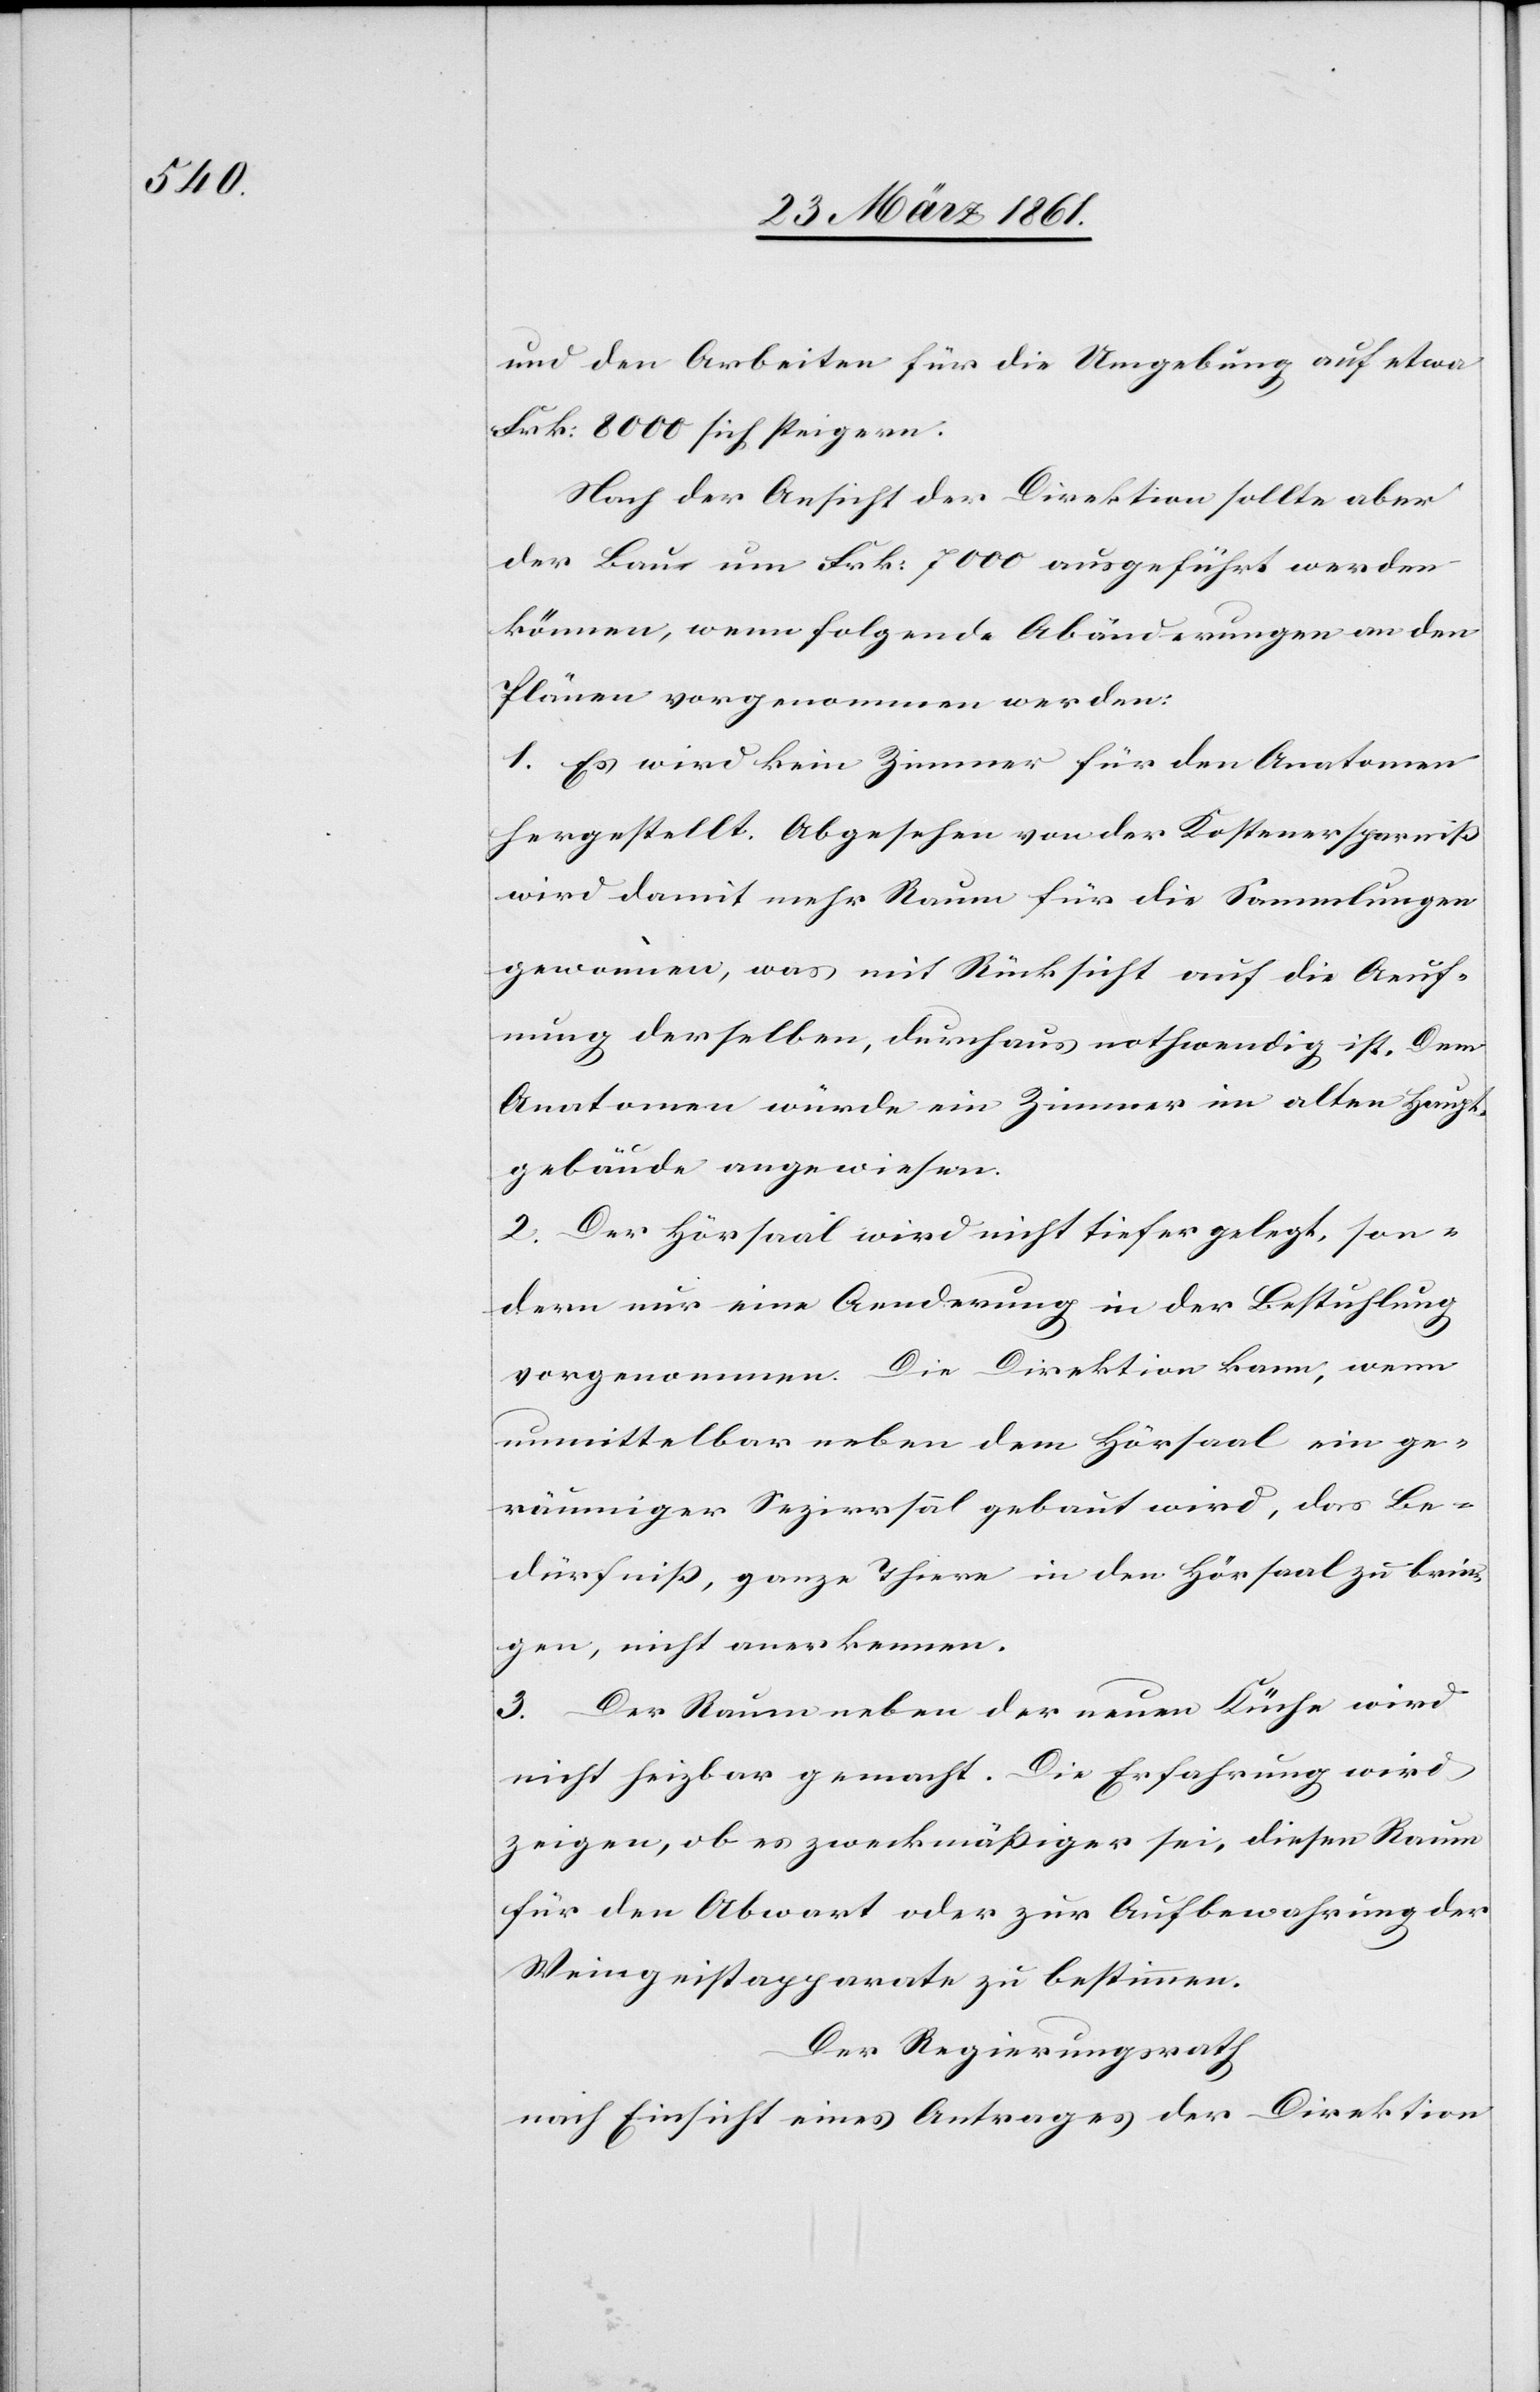
und den Arbeiten für die Umgebung auf etwa
Frk: 8000 sich steigern.
Nach der Ansicht der Direktion sollte aber
der Bau um Frk: 7000 ausgeführt werden
können, wenn folgende Abänderungen an den
Plänen vorgenommen werden:
1. Es wird kein Zimmer für den Anatomen
hergestellt. Abgesehen von der Kostenersparniß
wird damit mehr Raum für die Sammlungen
gewonnen, was mit Rücksicht auf die Aeuf¬
nung derselben, durchaus nothwendig ist. Dem
Anatomen würde ein Zimmer im alten Haupt¬
gebäude angewiesen.
2. Der Hörsaal wird nicht tiefer gelegt, son¬
dern nur eine Aenderung in der Bestuhlung
vorgenommen. Die Direktion kann, wenn
unmittelbar neben dem Hörsaal ein ge¬
räumiger Sezirrsaal [sic!] gebaut wird, das Be¬
dürfniß, ganze Thiere in den Hörsaal zu brin¬
gen, nicht anerkennen.
3. Der Raum neben der neuen Küche wird
nicht heizbar gemacht. Die Erfahrung wird
zeigen, ob es zweckmäßiger sei, diesen Raum
für den Abwart oder zur Aufbewahrung der
Weingeistapparate zu bestimmen.
Der Regierungsrath
nach Einsicht eines Antrages der Direktion